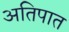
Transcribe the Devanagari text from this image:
अतिपात